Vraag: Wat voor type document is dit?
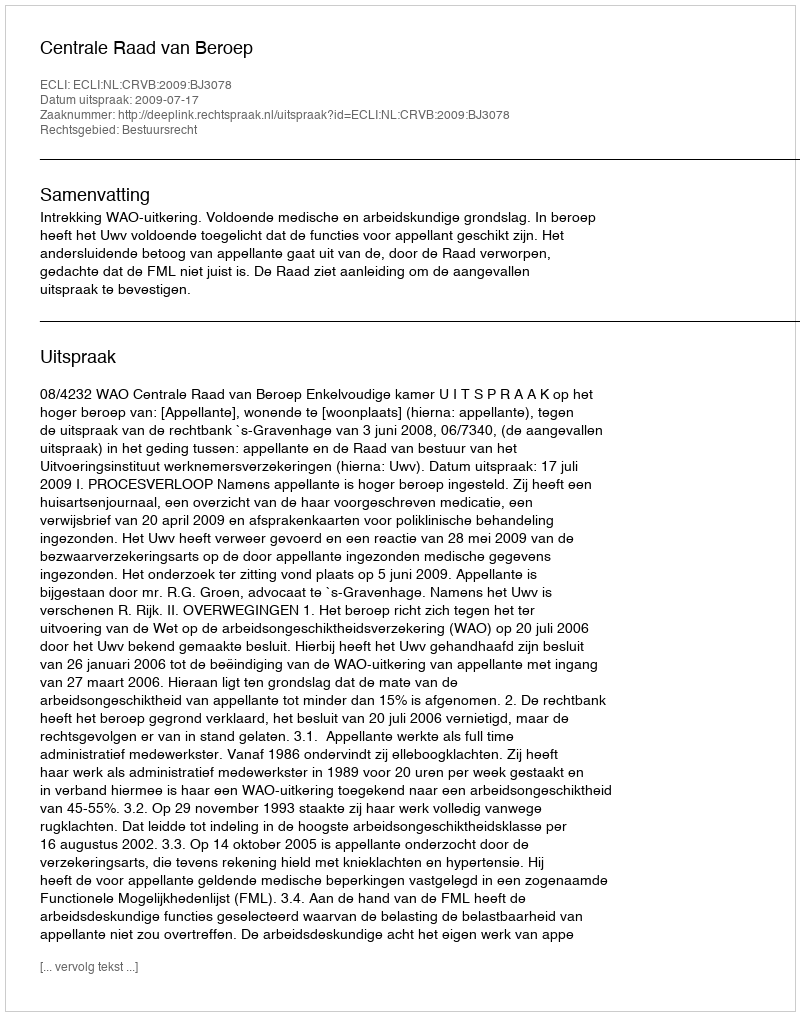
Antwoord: Uitspraak